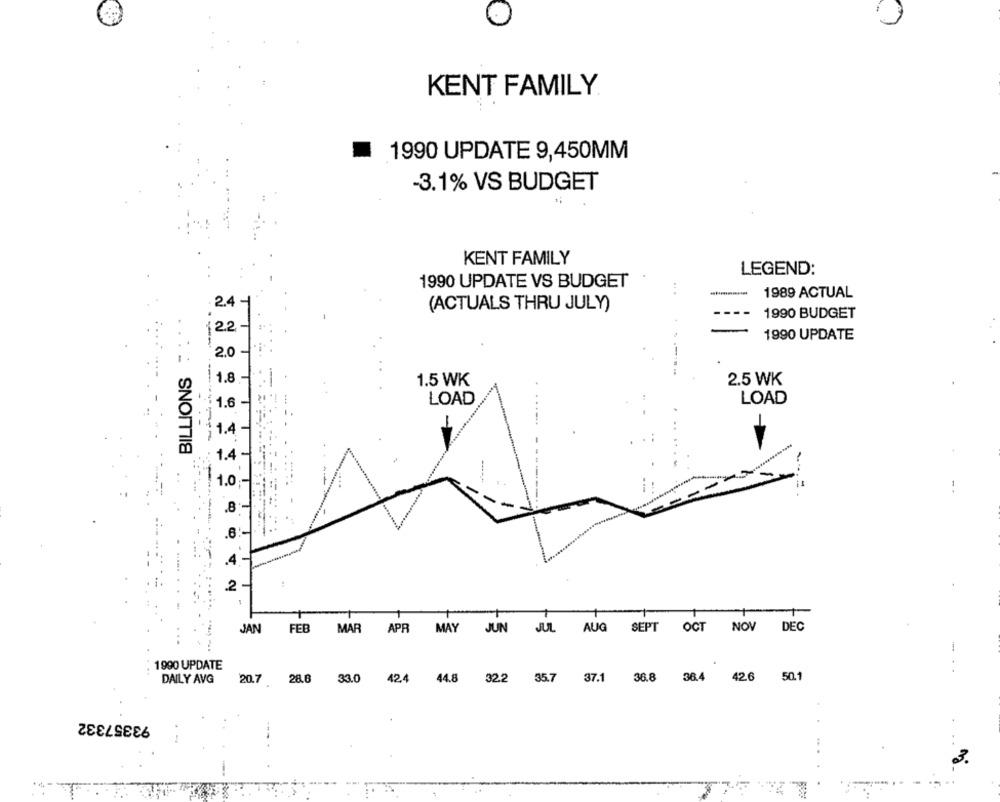
KENT FAMILY.
1990 UPDATE 9,450MM
-3.1% VS BUDGET
KENT FAMILY
LEGEND:
1990 UPDATE VS BUDGET
1989 ACTUAL
.2.4
(ACTUALS THRU JULY)
1990 BUDGET
2.2
1990 UPDATE
2.0
BILLIONS
1.8
1.5 WK
2.5 WK
LOAD
LOAD
1.6
-
1.4
.
1.0
--
JAN
FEB
MAR APR
MAY JUN JUL AUG SEPT OCT NOV DEC
1990 UPDATE
. .
DAILY AVG
20.7 28.6 33.0 42.4 44.8 32.2 35.7 37.1 36.8 36.4 426 50.1
93357332
3.